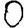
Digit: 0